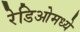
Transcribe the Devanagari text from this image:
रेडिओमध्ये